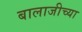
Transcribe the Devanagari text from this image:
बालाजीच्या